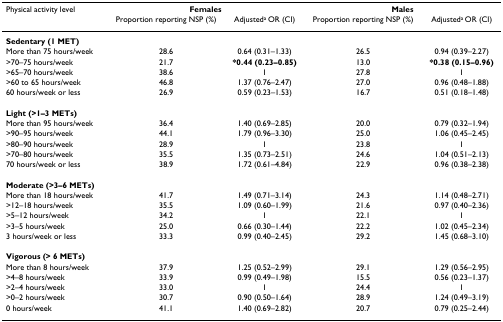
<table><thead><tr><td><b>Physical activity level</b></td><td colspan="2"><b>Females</b></td><td colspan="2"><b>Males</b></td></tr><tr><td></td><td><b>Proportion reporting NSP (%)</b></td><td><b>Adjusted<sup>a </sup>OR (CI)</b></td><td><b>Proportion reporting NSP (%)</b></td><td><b>Adjusted<sup>a </sup>OR (CI)</b></td></tr></thead><tbody><tr><td><b>Sedentary (1 MET)</b></td><td></td><td></td><td></td><td></td></tr><tr><td>More than 75 hours/week</td><td>28.6</td><td>0.64 (0.31–1.33)</td><td>26.5</td><td>0.94 (0.39–2.27)</td></tr><tr><td>&gt;70–75 hours/week</td><td>21.7</td><td><b>*0.44 (0.23–0.85)</b></td><td>13.0</td><td><b>*0.38 (0.15–0.96)</b></td></tr><tr><td>&gt;65–70 hours/week</td><td>38.6</td><td>1</td><td>27.8</td><td>1</td></tr><tr><td>&gt;60 to 65 hours/week</td><td>46.8</td><td>1.37 (0.76–2.47)</td><td>27.0</td><td>0.96 (0.48–1.88)</td></tr><tr><td>60 hours/week or less</td><td>26.9</td><td>0.59 (0.23–1.53)</td><td>16.7</td><td>0.51 (0.18–1.48)</td></tr><tr><td><b>Light (&gt;1–3 METs)</b></td><td></td><td></td><td></td><td></td></tr><tr><td>More than 95 hours/week</td><td>36.4</td><td>1.40 (0.69–2.85)</td><td>20.0</td><td>0.79 (0.32–1.94)</td></tr><tr><td>&gt;90–95 hours/week</td><td>44.1</td><td>1.79 (0.96–3.30)</td><td>25.0</td><td>1.06 (0.45–2.45)</td></tr><tr><td>&gt;80–90 hours/week</td><td>28.9</td><td>1</td><td>23.8</td><td>1</td></tr><tr><td>&gt;70–80 hours/week</td><td>35.5</td><td>1.35 (0.73–2.51)</td><td>24.6</td><td>1.04 (0.51–2.13)</td></tr><tr><td>70 hours/week or less</td><td>38.9</td><td>1.72 (0.61–4.84)</td><td>22.9</td><td>0.96 (0.38–2.38)</td></tr><tr><td><b>Moderate (&gt;3–6 METs)</b></td><td></td><td></td><td></td><td></td></tr><tr><td>More than 18 hours/week</td><td>41.7</td><td>1.49 (0.71–3.14)</td><td>24.3</td><td>1.14 (0.48–2.71)</td></tr><tr><td>&gt;12–18 hours/week</td><td>35.5</td><td>1.09 (0.60–1.99)</td><td>21.6</td><td>0.97 (0.40–2.36)</td></tr><tr><td>&gt;5–12 hours/week</td><td>34.2</td><td>1</td><td>22.1</td><td>1</td></tr><tr><td>&gt;3–5 hours/week</td><td>25.0</td><td>0.66 (0.30–1.44)</td><td>22.2</td><td>1.02 (0.45–2.34)</td></tr><tr><td>3 hours/week or less</td><td>33.3</td><td>0.99 (0.40–2.45)</td><td>29.2</td><td>1.45 (0.68–3.10)</td></tr><tr><td><b>Vigorous (&gt; 6 METs)</b></td><td></td><td></td><td></td><td></td></tr><tr><td>More than 8 hours/week</td><td>37.9</td><td>1.25 (0.52–2.99)</td><td>29.1</td><td>1.29 (0.56–2.95)</td></tr><tr><td>&gt;4–8 hours/week</td><td>33.9</td><td>0.99 (0.49–1.98)</td><td>15.5</td><td>0.56 (0.23–1.37)</td></tr><tr><td>&gt;2–4 hours/week</td><td>33.0</td><td>1</td><td>24.4</td><td>1</td></tr><tr><td>&gt;0–2 hours/week</td><td>30.7</td><td>0.90 (0.50–1.64)</td><td>28.9</td><td>1.24 (0.49–3.19)</td></tr><tr><td>0 hours/week</td><td>41.1</td><td>1.40 (0.69–2.82)</td><td>20.7</td><td>0.79 (0.25–2.44)</td></tr></tbody></table>